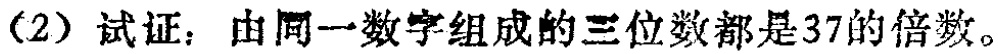
(2) 试证：由同一数字组成的三位数都是37的倍数。